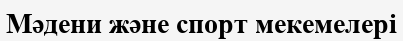
Мәдени және спорт мекемелері